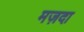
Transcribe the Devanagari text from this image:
मज़दा